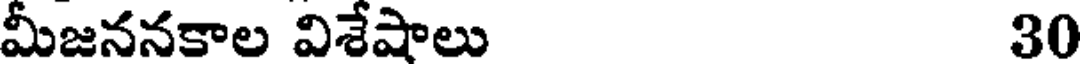
మీజననకాల విశేషాలు 30